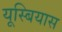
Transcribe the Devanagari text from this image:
यूस्बियास